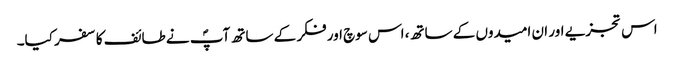
اس تجزیے اور ان امیدوں کے ساتھ، اس سوچ اور فکر کے ساتھ آپؐ نے طائف کا سفر کیا۔